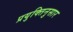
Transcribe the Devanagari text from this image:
प्रयुक्तिनुसार